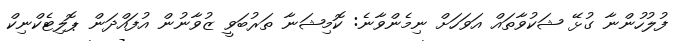
ފުލުހުންނާ ގުޅޭ ޝަކުވާތައް އަވަހަށް ނިމެންވާނެ: ކޮމިޝަނާ ތަރުބަވީ ޒުވާނުން އުފައްދަން ޕޮލިޓެކްނިކް